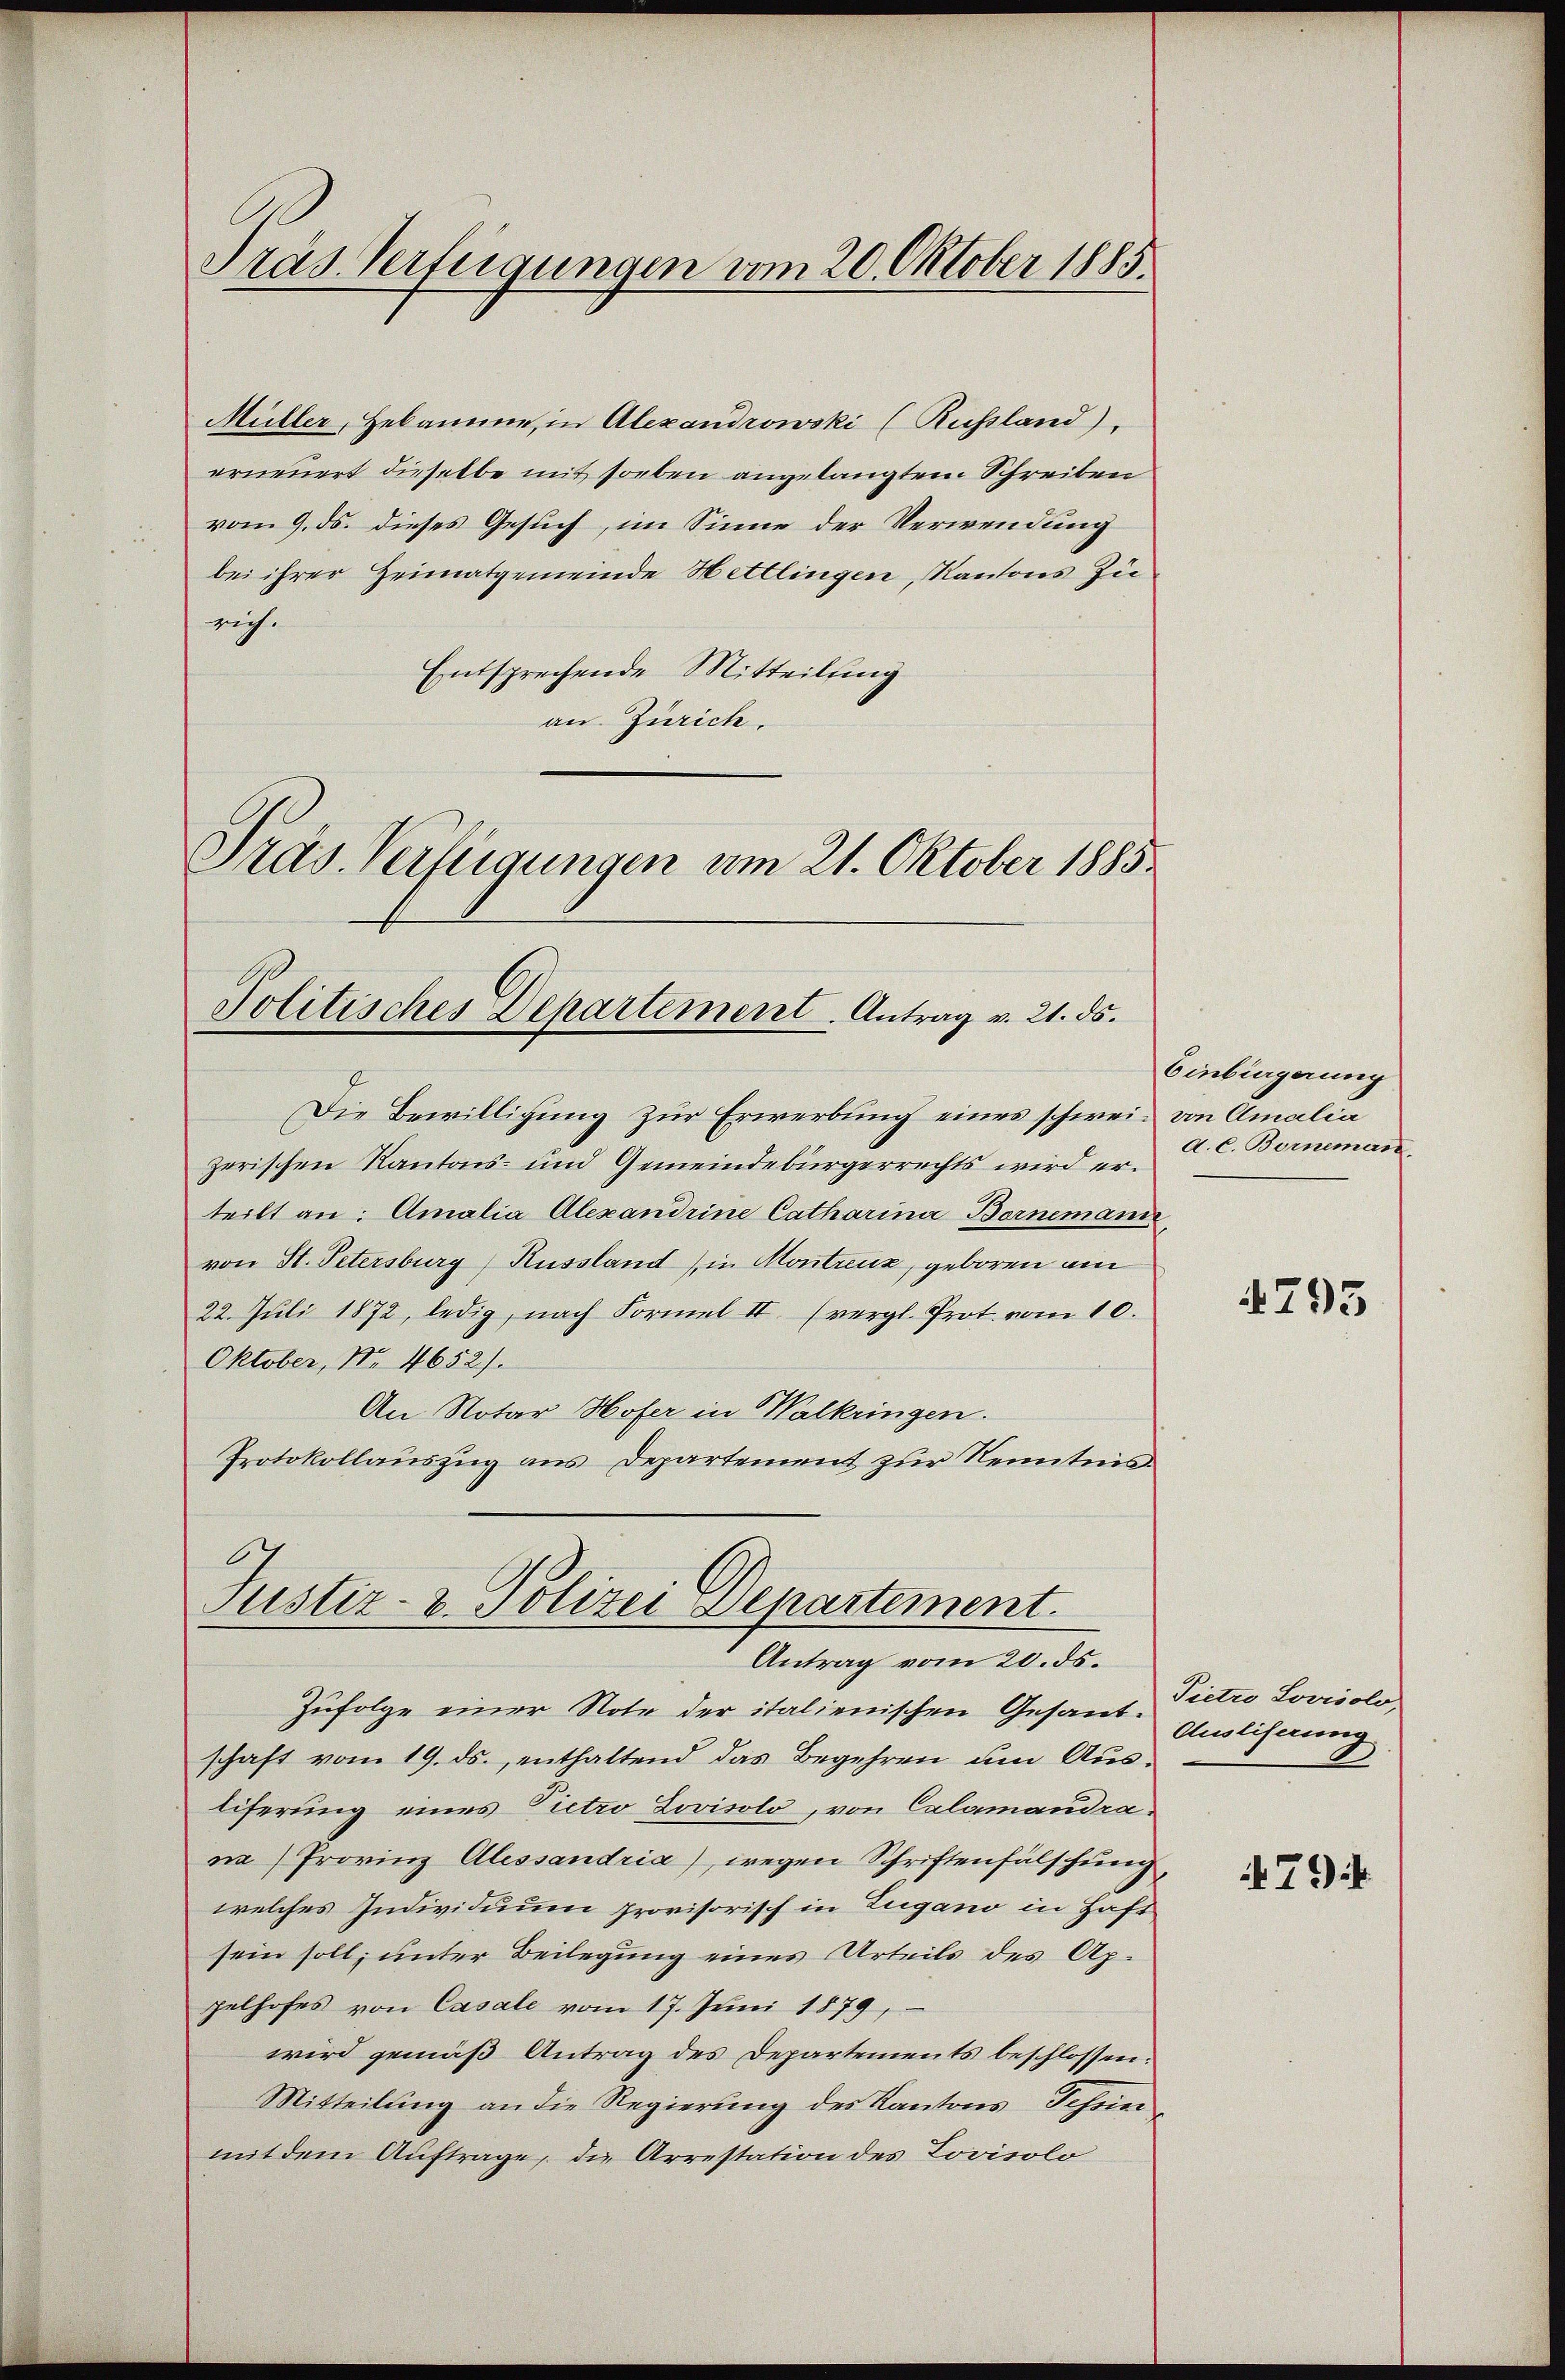
Präs. Verfügungen vom 20. Oktober 1885.

Müller, Hebamme, in Alexandrowski (Rußland).
erneuert dieselbe mit soeben angelangtem Schreiben
vom 9. ds. dieses Gesuch, im Sinne der Verwendung
bei ihrer Heimatgemeinde Hettlingen, Kantons Zurich.
Entsprechende Mitteilung
an. Zürich.
Pras Verfügungen am 21. Oktober 1885.

Politisches Departement. Antrag v. 21. ds.

Die Bewilligung zur Erwerbung eines schwei- von Amalia
zerischen Kantons- und Gemeindebürgerrechts wird erteilt an: Amalia Alexandrine Catharina Bornemann,
von St. Petersburg, Russland in Montreuz, geboren am
22. Jŭli 1872, ledig, nach Formel II. (vergl. Prot. vom 10.
Oktober, No. 4652).
An Notar Hofer in Walkringen.
Protokollauszug aus Departement zur Kenntnis.
.

Justiz- & Polizei Departement.
Antrag vom 20. ds.

Zufolge einer Note der italienischen Gesand-Pietro Lovriolo,
schaft vom 19. ds., enthaltend das Begehren um Ausliferung eines Pietro Zovisolo, von Calamandrana) Provinz Alessandria), wegen Schriftenfälschung,
welches Individuum provisorisch in Zugano in Haft
sein soll; unter Beilegung eines Urteils des Appelhofes von Casale vom 17. Juni 1879,
wird gemäß Antrag des Departements beschlossen:
Mitteilung an die Regierung des Kantons Scheinmit dem Auftrage, die Arrestation des Lovisolo

Einburgerung
d. C. Berneman

4795

Auslicherung

79